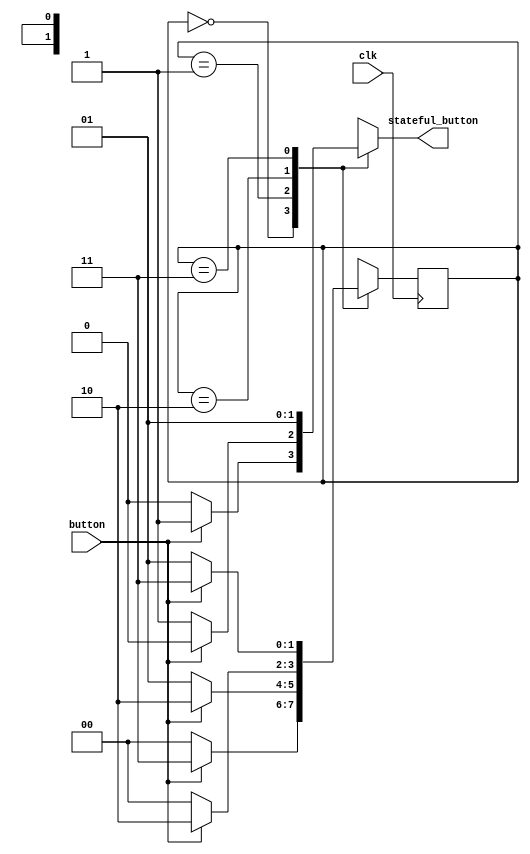
module buttonFsm (
	input clk,
	input button,    
	output stateful_button
);

reg[1:0] state=0;
reg[1:0] nextstate=0;
reg out=0;
parameter S0=0, S1=1, S2=2, S3=3;

always@(posedge clk)begin
	state <= nextstate;
end

always@(state or button)begin
	case(state)
		S0: if(button)begin
				out = 1; nextstate = S3; 
			 end
			 else begin
				out = 0; nextstate = S0;
			 end
		S1: if(button)begin
				out = 0; nextstate = S2; 
			 end
			 else begin
				out = 1; nextstate = S1;
			 end
		S2: if(button)begin
				out = 0; nextstate = S2; 
			 end
			 else begin
				out = 0; nextstate = S0;
			 end
		S3: if(button)begin
				out = 1; nextstate = S3; 
			 end
			 else begin
				out = 1; nextstate = S1;
			 end
	endcase

end

assign stateful_button = out;

endmodule